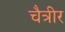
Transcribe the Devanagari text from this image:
चैत्रीर